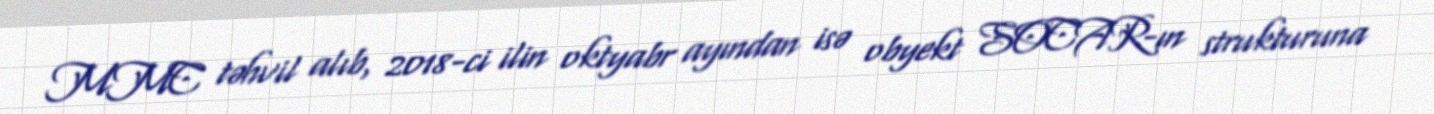
MMC təhvil alıb, 2018-ci ilin oktyabr ayından isə obyekt SOCAR-ın strukturuna